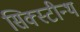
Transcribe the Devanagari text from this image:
सिक्स्टीन्थ